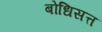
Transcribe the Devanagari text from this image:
बोधिसत्त